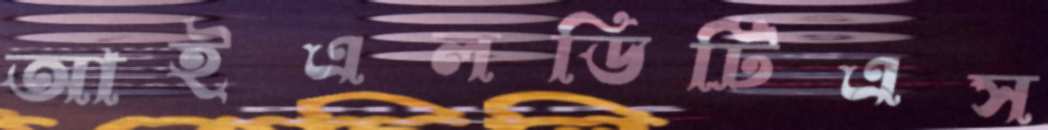
আইএলডিটিএস